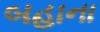
બહાના